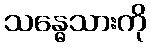
သန္ဓေသားကို